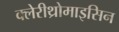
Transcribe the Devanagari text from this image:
क्लेरीथ्रोमाइसिन